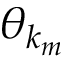
\theta _ { \boldsymbol { k } _ { m } }